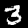
Label: 3